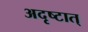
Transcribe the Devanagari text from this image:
अदृष्टात्